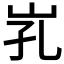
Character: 𱛒